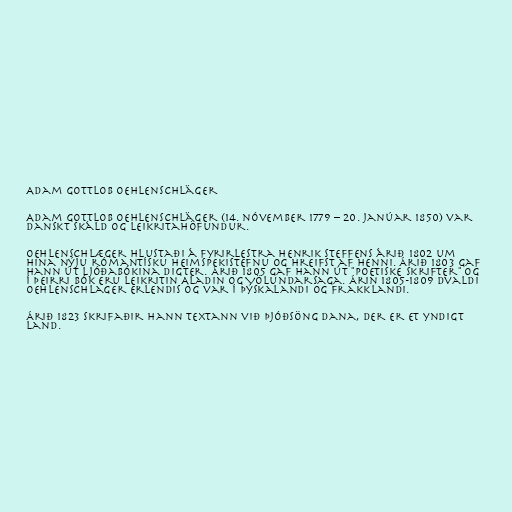
Adam Gottlob Oehlenschläger

Adam Gottlob Oehlenschläger (14. nóvember 1779 – 20. janúar 1850) var
danskt skáld og leikritahöfundur.

Oehlenschlæger hlustaði á fyrirlestra Henrik Steffens árið 1802 um
hina nýju rómantísku heimspekistefnu og hreifst af henni. Árið 1803 gaf
hann út ljóðabókina Digter. Árið 1805 gaf hann út "Poetiske Skrifter" og
í þeirri bók eru leikritin Aladin og Völundarsaga. Árin 1805-1809 dvaldi
Oehlenschlager erlendis og var í Þýskalandi og Frakklandi.

Árið 1823 skrifaðir hann textann við þjóðsöng dana, Der er et yndigt
land.